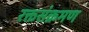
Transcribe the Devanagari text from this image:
रक्तसंक्रमण